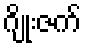
ဂျိုးဇက်